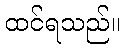
ထင်ရသည်။